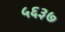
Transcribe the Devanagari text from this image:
५६३७